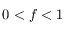
0 < f < 1